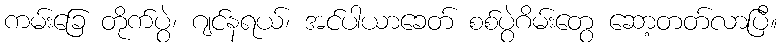
ကမ်းခြေ တိုက်ပွဲ၊ ဂျင်နရယ်၊ အင်ပါယာခေတ် စစ်ပွဲဂိမ်းတွေ ဆော့တတ်လာပြီ။